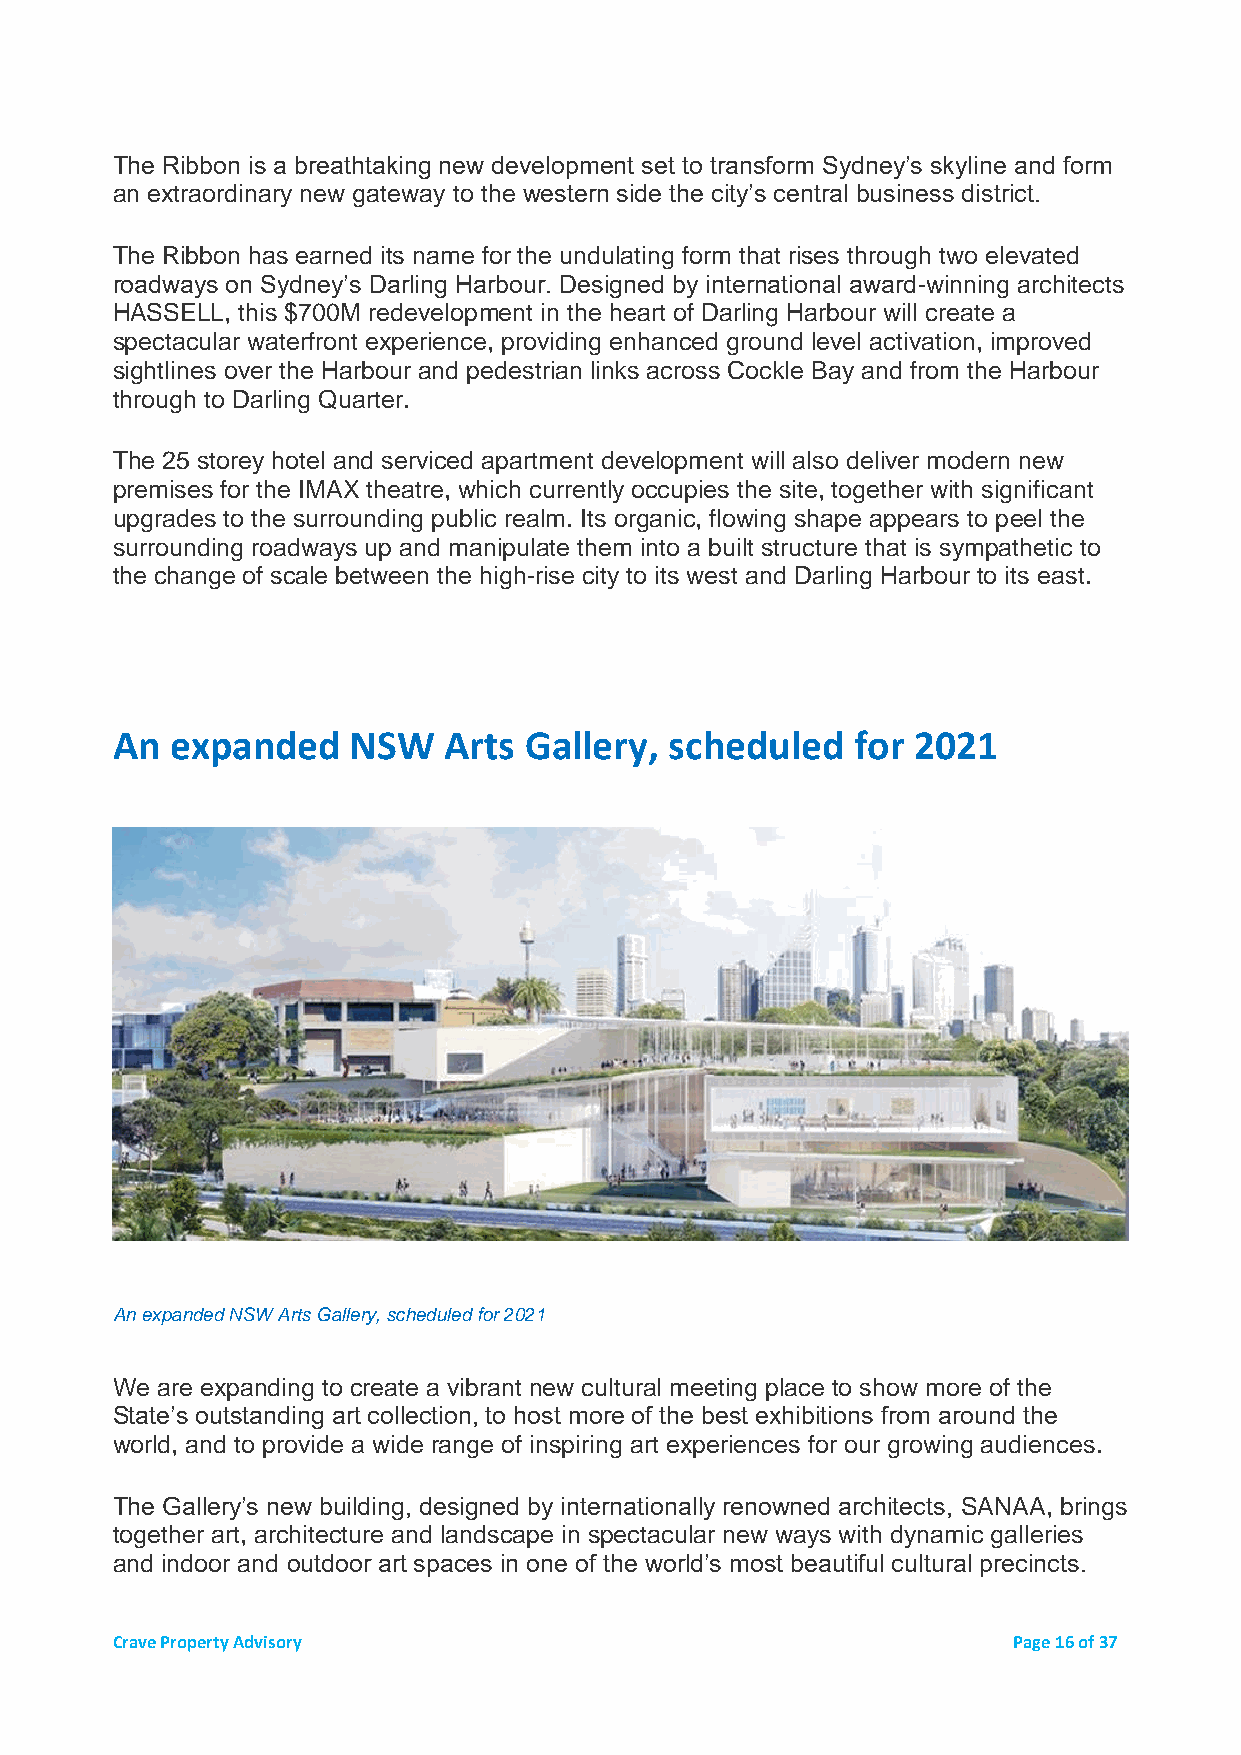
The Ribbon is a breathtaking new development set to transform Sydney’s skyline and form
 an extraordinary new gateway to the western side the city’s central business district.
 The Ribbon has earned its name for the undulating form that rises through two elevated
 roadways on Sydney’s Darling Harbour. Designed by international award-winning architects
 HASSELL, this $700M redevelopment in the heart of Darling Harbour will create a
 spectacular waterfront experience, providing enhanced ground level activation, improved
 sightlines over the Harbour and pedestrian links across Cockle Bay and from the Harbour
 through to Darling Quarter.
 The 25 storey hotel and serviced apartment development will also deliver modern new
 premises for the IMAX theatre, which currently occupies the site, together with significant
 upgrades to the surrounding public realm. Its organic, flowing shape appears to peel the
 surrounding roadways up and manipulate them into a built structure that is sympathetic to
 the change of scale between the high-rise city to its west and Darling Harbour to its east.
 An  expanded    NSW   Arts  Gallery, scheduled   for 2021
 An expanded NSW Arts Gallery, scheduled for 2021
 We are expanding to create a vibrant new cultural meeting place to show more of the
 State’s outstanding art collection, to host more of the best exhibitions from around the
 world, and to provide a wide range of inspiring art experiences for our growing audiences.
 The Gallery’s new building, designed by internationally renowned architects, SANAA, brings
 together art, architecture and landscape in spectacular new ways with dynamic galleries
 and indoor and outdoor art spaces in one of the world’s most beautiful cultural precincts.
 Crave Property Advisory                                     Page 16 of 37